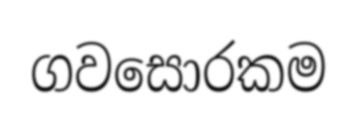
ගවසොරකම